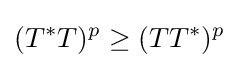
(T^{*}T)^{p}\geq (TT^{*})^{p}